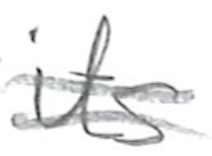
Text: in
Cross-out: double-line
Writing tool: pencil